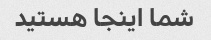
شما اینجا هستید